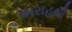
અરાહથી